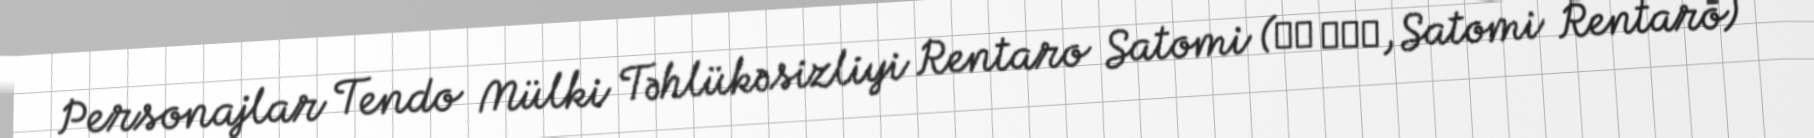
Personajlar Tendo Mülki Təhlükəsizliyi Rentaro Satomi (里見 蓮太郎, Satomi Rentarō)